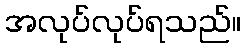
အလုပ်လုပ်ရသည်။